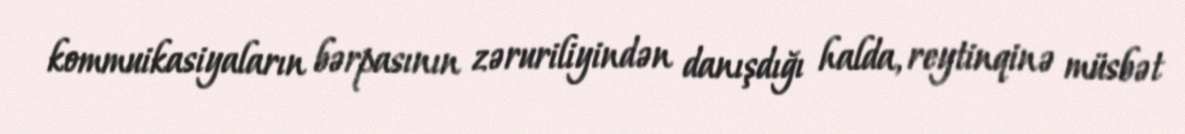
kommuikasiyaların bərpasının zəruriliyindən danışdığı halda, reytinqinə müsbət